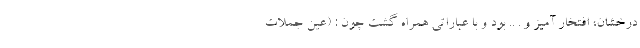
درخشان، افتخار آمیز و . .. بود و با عباراتی همراه گشت چون : (عین جملات